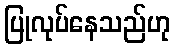
ပြုလုပ်နေသည်ဟု